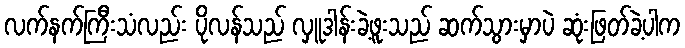
လက်နက်ကြီးသံလည်း ပိုလန်သည် လှူဒါန်းခဲ့ဖူးသည် ဆက်သွားမှာပဲ ဆုံးဖြတ်ခဲ့ပါက